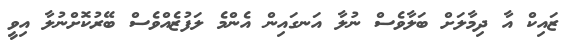
ޒައިކް އާ ދިމާލަށް ބަލާވެސް ނުލާ އަނގައިން އެންމެ ލަފުޒެއްވެސް ބޭރުކޮށްނުލާ އިވީ